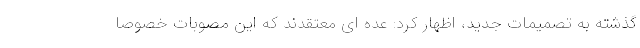
گذشته به تصمیمات جدید، اظهار کرد: عده ای معتقدند که این مصوبات خصوصا